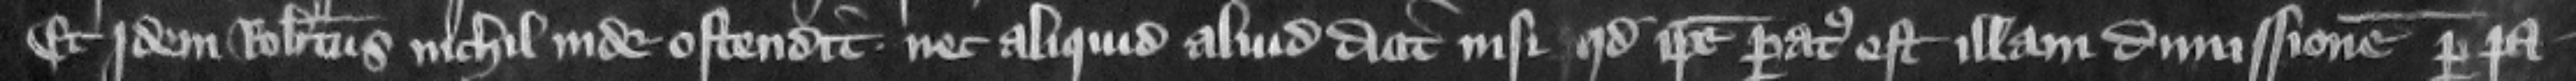
Et jdem Robertus nichil inde ostendit nec aliquid aliud dicit nisi quod ipse paratus est illam dimissionem per pa